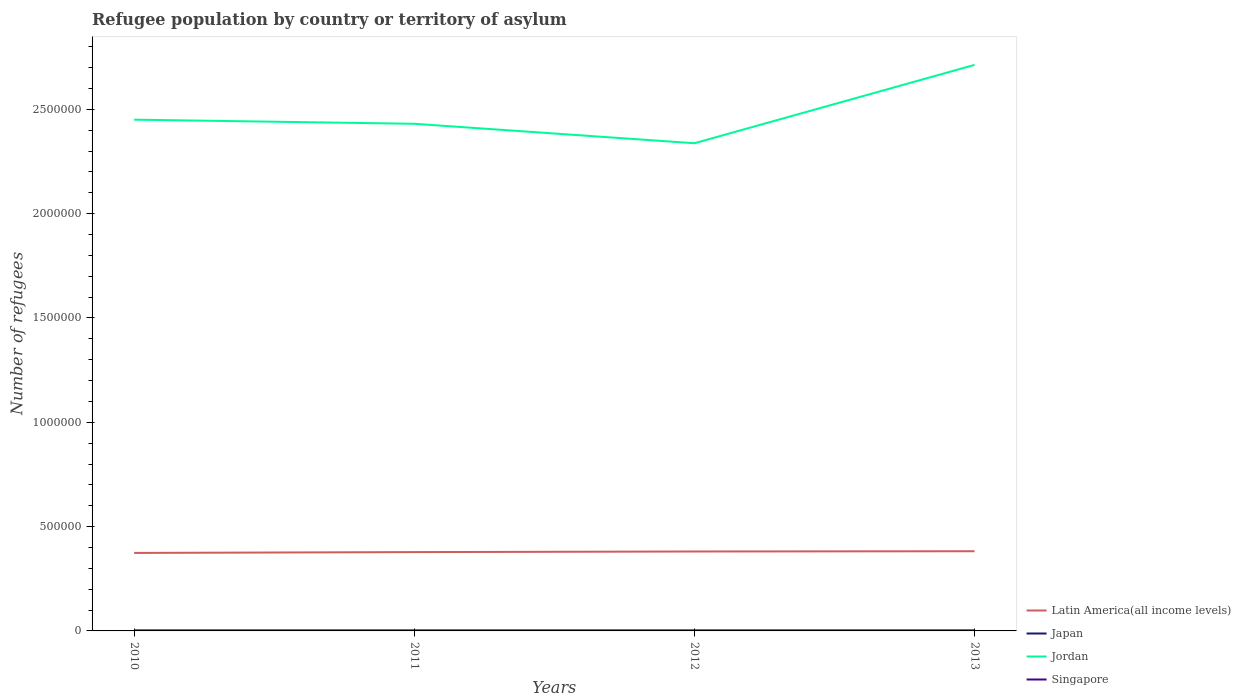
| Years | Latin America(all income levels) | Japan | Jordan | Singapore |
 | --- | --- | --- | --- | --- |
 | 2010 | 3.74e+05 | 2.59e+03 | 2.45e+06 | 7 |
 | 2011 | 3.78e+05 | 2.65e+03 | 2.43e+06 | 3 |
 | 2012 | 3.81e+05 | 2.58e+03 | 2.34e+06 | 3 |
 | 2013 | 3.82e+05 | 2.58e+03 | 2.71e+06 | 3 |